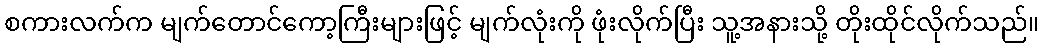
စကားလက်က မျက်တောင်ကော့ကြီးများဖြင့် မျက်လုံးကို ဖုံးလိုက်ပြီး သူ့အနားသို့ တိုးထိုင်လိုက်သည်။